Resolution on Dr Rogers' report on Kala azar.
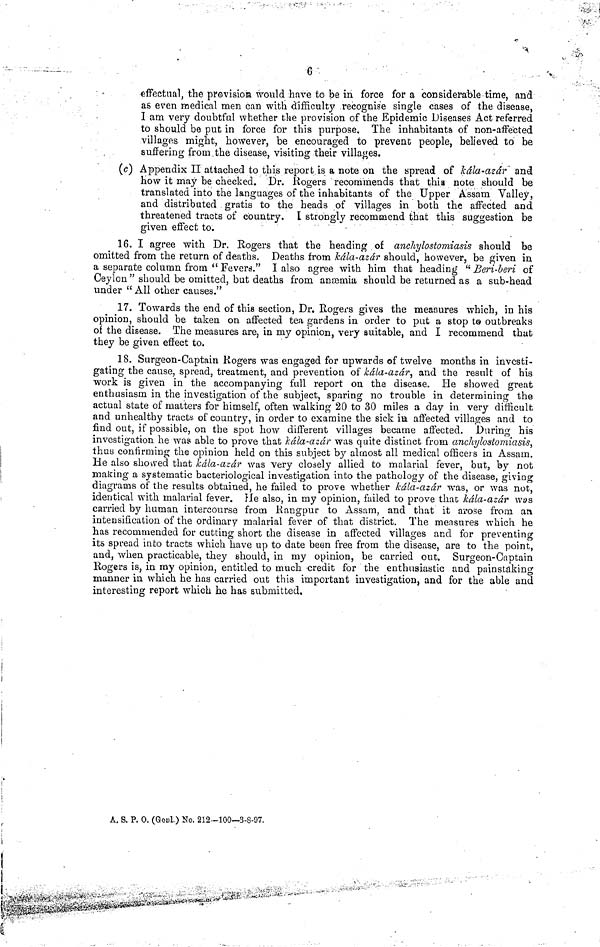
6
effectual, the provisioia would have to be in force for a considerable time, and
as even medical men can with difficulty recognise single cases of the disease,
I am very doubtful whether the provision of the Epidemic Diseases Act referred
to should be put in force for this purpose. The inhabitants of non-affected
villages might, however, be encouraged to prevent people, believed to be
suffering from the disease, visiting their villages.
(c) Appendix II attached to this report is a note on the spread of kála-azar and
how it may be checked. Dr. Rogers recommends that this note should be
translated into the languages of the inhabitants of the Upper Assam Valley,
and distributed gratis to the heads of villages in both the affected and
threatened tracts of country. I strongly recommend that this suggestion be
given effect to.
16. I agree with Dr. Rogers that the heading of ancliylostomiasis should be
omitted from the return of deaths. Deaths from kála-azár should, however, be given in
a separate column from " Fevers." I also agree with him that heading " Beri-beri of
Ceylon " should be omitted, but deaths from anæmia should be returned as a sub-head
under " All other causes."
17. Towards the end of this section, Dr. Rogers gives the measures which, in his
opinion, should be taken on affected tea gardens in order to put a stop to outbreaks
of the disease. The measures are, in my opinion, very suitable, and I recommend that
they be given effect to.
18. Surgeon-Captain Rogers was engaged for upwards of twelve months in investi-
gating the cause, spread, treatment, and prevention of kála-azár, and the result of his
work is given in the accompanying full report on the disease. He showed great
enthusiasm in the investigation of the subject, sparing no trouble in determining the
actual state of matters for himself, often walking 20 to 30 miles a day in very difficult
and unhealthy tracts of country, in order to examine the sick is affected villages and to
find out, if possible, on the spot how different villages became affected. During his
investigation he was able to prove that kála-azár was quite distinct from anchylosfomiasis,
thus confirming the opinion held on this subject by almost all medical officers in Assam.
He also showed that kála-azár was very closely allied to malarial fever, but, by not
making a systematic bacteriological investigation into the pathology of the disease, giving
diagrams of the results obtained, he failed to prove whether kála-azár was, or was not,
identical with malarial fever. He also, in my opinion, failed to prove that kála-azár was
carried by human intercourse from Rangpur to Assam, and that it arose from an
intensification of the ordinary malarial fever of that district. The measures which he
has recommended for cutting short che disease in affected villages and for preventing
its spread into tracts which have up to date been free from the disease, are to the point,
and, when practicable, they should, in my opinion, be carried out. Surgeon-Captain
Rogers is, in my opinion, entitled to much credit for the enthusiastic and painstaking
manner in which he has carried out this important investigation, and for the able and
interesting report which he has submitted.
A. S. P. 0. (Genl.) No. 212-100—3-8-97.